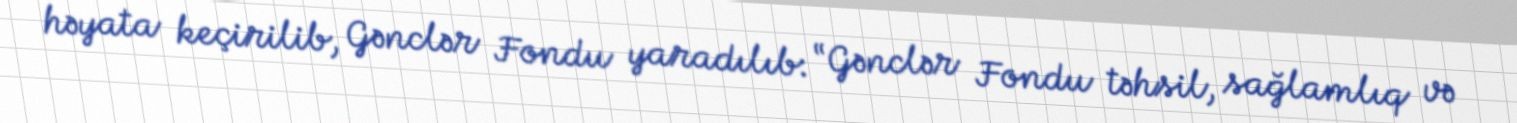
həyata keçirilib, Gənclər Fondu yaradılıb: “Gənclər Fondu təhsil, sağlamlıq və